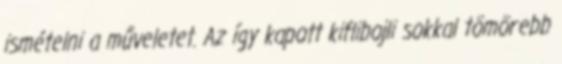
ismételni a műveletet. Az így kapott kiflibojli sokkal tömörebb